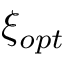
\xi _ { o p t }